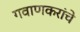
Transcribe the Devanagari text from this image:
गवाणकरांचे